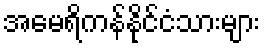
အမေရိကန်နိုင်ငံသားများ